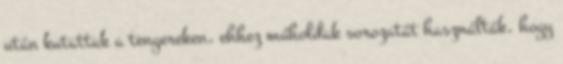
után kutattak a tengereken, ehhez műholdak sorozatát használták, hogy